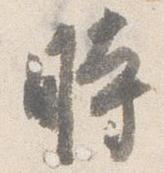
時